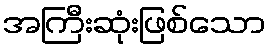
အကြီးဆုံးဖြစ်သော